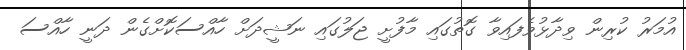
އުމަރު ކުރިން ވިދާޅުވެފައިވާ ގޮތުގައި މާފުށީ ޖަލުގައި ނަޝީދަށް ހާއްސަކޮށްގެން ދަނީ ހާއްސަ